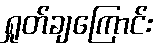
ရှုတ်ချကြောင်း